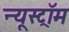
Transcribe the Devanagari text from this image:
न्यूस्ट्रॉम